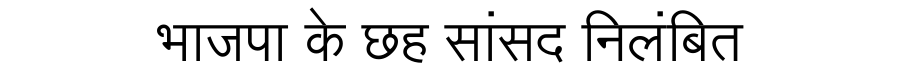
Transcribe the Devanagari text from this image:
भाजपा के छह सांसद निलंबित